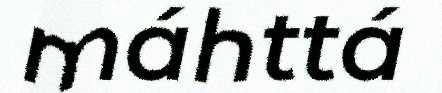
máhttá